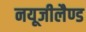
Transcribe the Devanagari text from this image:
नयूजीलैण्ड